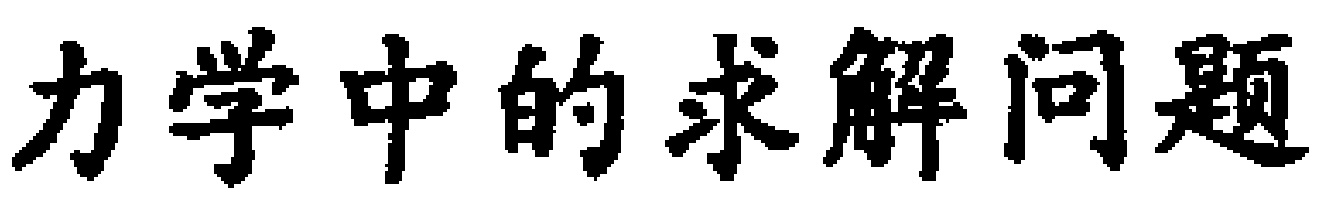
力学中的求解问题